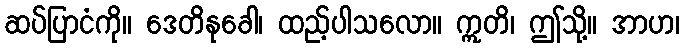
ဆပ်ပြာငံကို။ ဒေတိနုခေါ၊ ထည့်ပါသလော။ ဣတိ၊ ဤသို့။ အာဟ၊